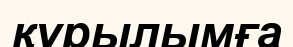
құрылымға